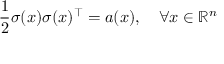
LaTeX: { \frac { 1 } { 2 } } \sigma ( x ) \sigma ( x ) ^ { \top } = a ( x ) , \quad \forall x \in \mathbb { R } ^ { n }